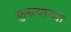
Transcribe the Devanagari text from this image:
कुस्त्यांच्या